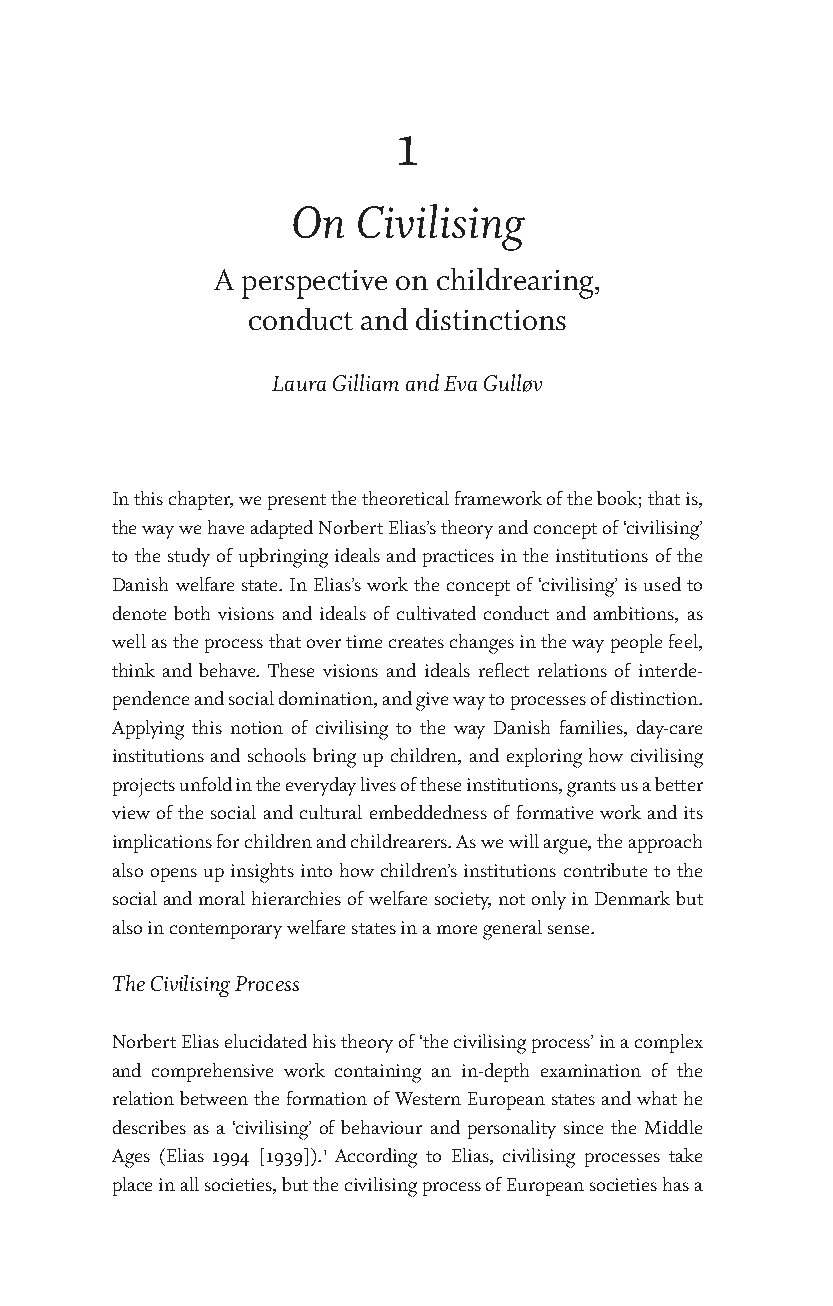
1
 On   Civilising
 A perspective on childrearing,
 conduct and distinctions
 Laura Gilliam and Eva Gulløv
 In this chapter, we present the theoretical framework of the book; that is,
 the way we have adapted Norbert Elias’s theory and concept of ‘civilising’
 to the study of upbringing ideals and practices in the institutions of the
 Danish welfare state. In Elias’s work the concept of ‘civilising’ is used to
 denote both visions and ideals of cultivated conduct and ambitions, as
 well as the process that over time creates changes in the way people feel,
 think and behave. These visions and ideals reflect relations of interde-
 pendence and social domination, and give way to processes of distinction.
 Applying this notion of civilising to the way Danish families, day-care
 institutions and schools bring up children, and exploring how civilising
 projects unfold in the everyday lives of these institutions, grants us a better
 view of the social and cultural embeddedness of formative work and its
 implications for children and childrearers. As we will argue, the approach
 also opens up insights into how children’s institutions contribute to the
 social and moral hierarchies of welfare society, not only in Denmark but
 also in contemporary welfare states in a more general sense.
 The Civilising Process
 Norbert Elias elucidated his theory of ‘the civilising process’ in a complex
 and comprehensive work containing an in-depth examination of the
 relation between the formation of Western European states and what he
 describes as a ‘civilising’ of behaviour and personality since the Middle
 Ages (Elias 1994 [1939]).1 According to Elias, civilising processes take
 place in all societies, but the civilising process of European societies has a